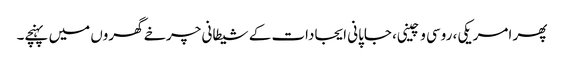
پھر امریکی، روسی و چینی، جاپانی ایجادات کے شیطانی چرخے گھروں میں پہنچے۔